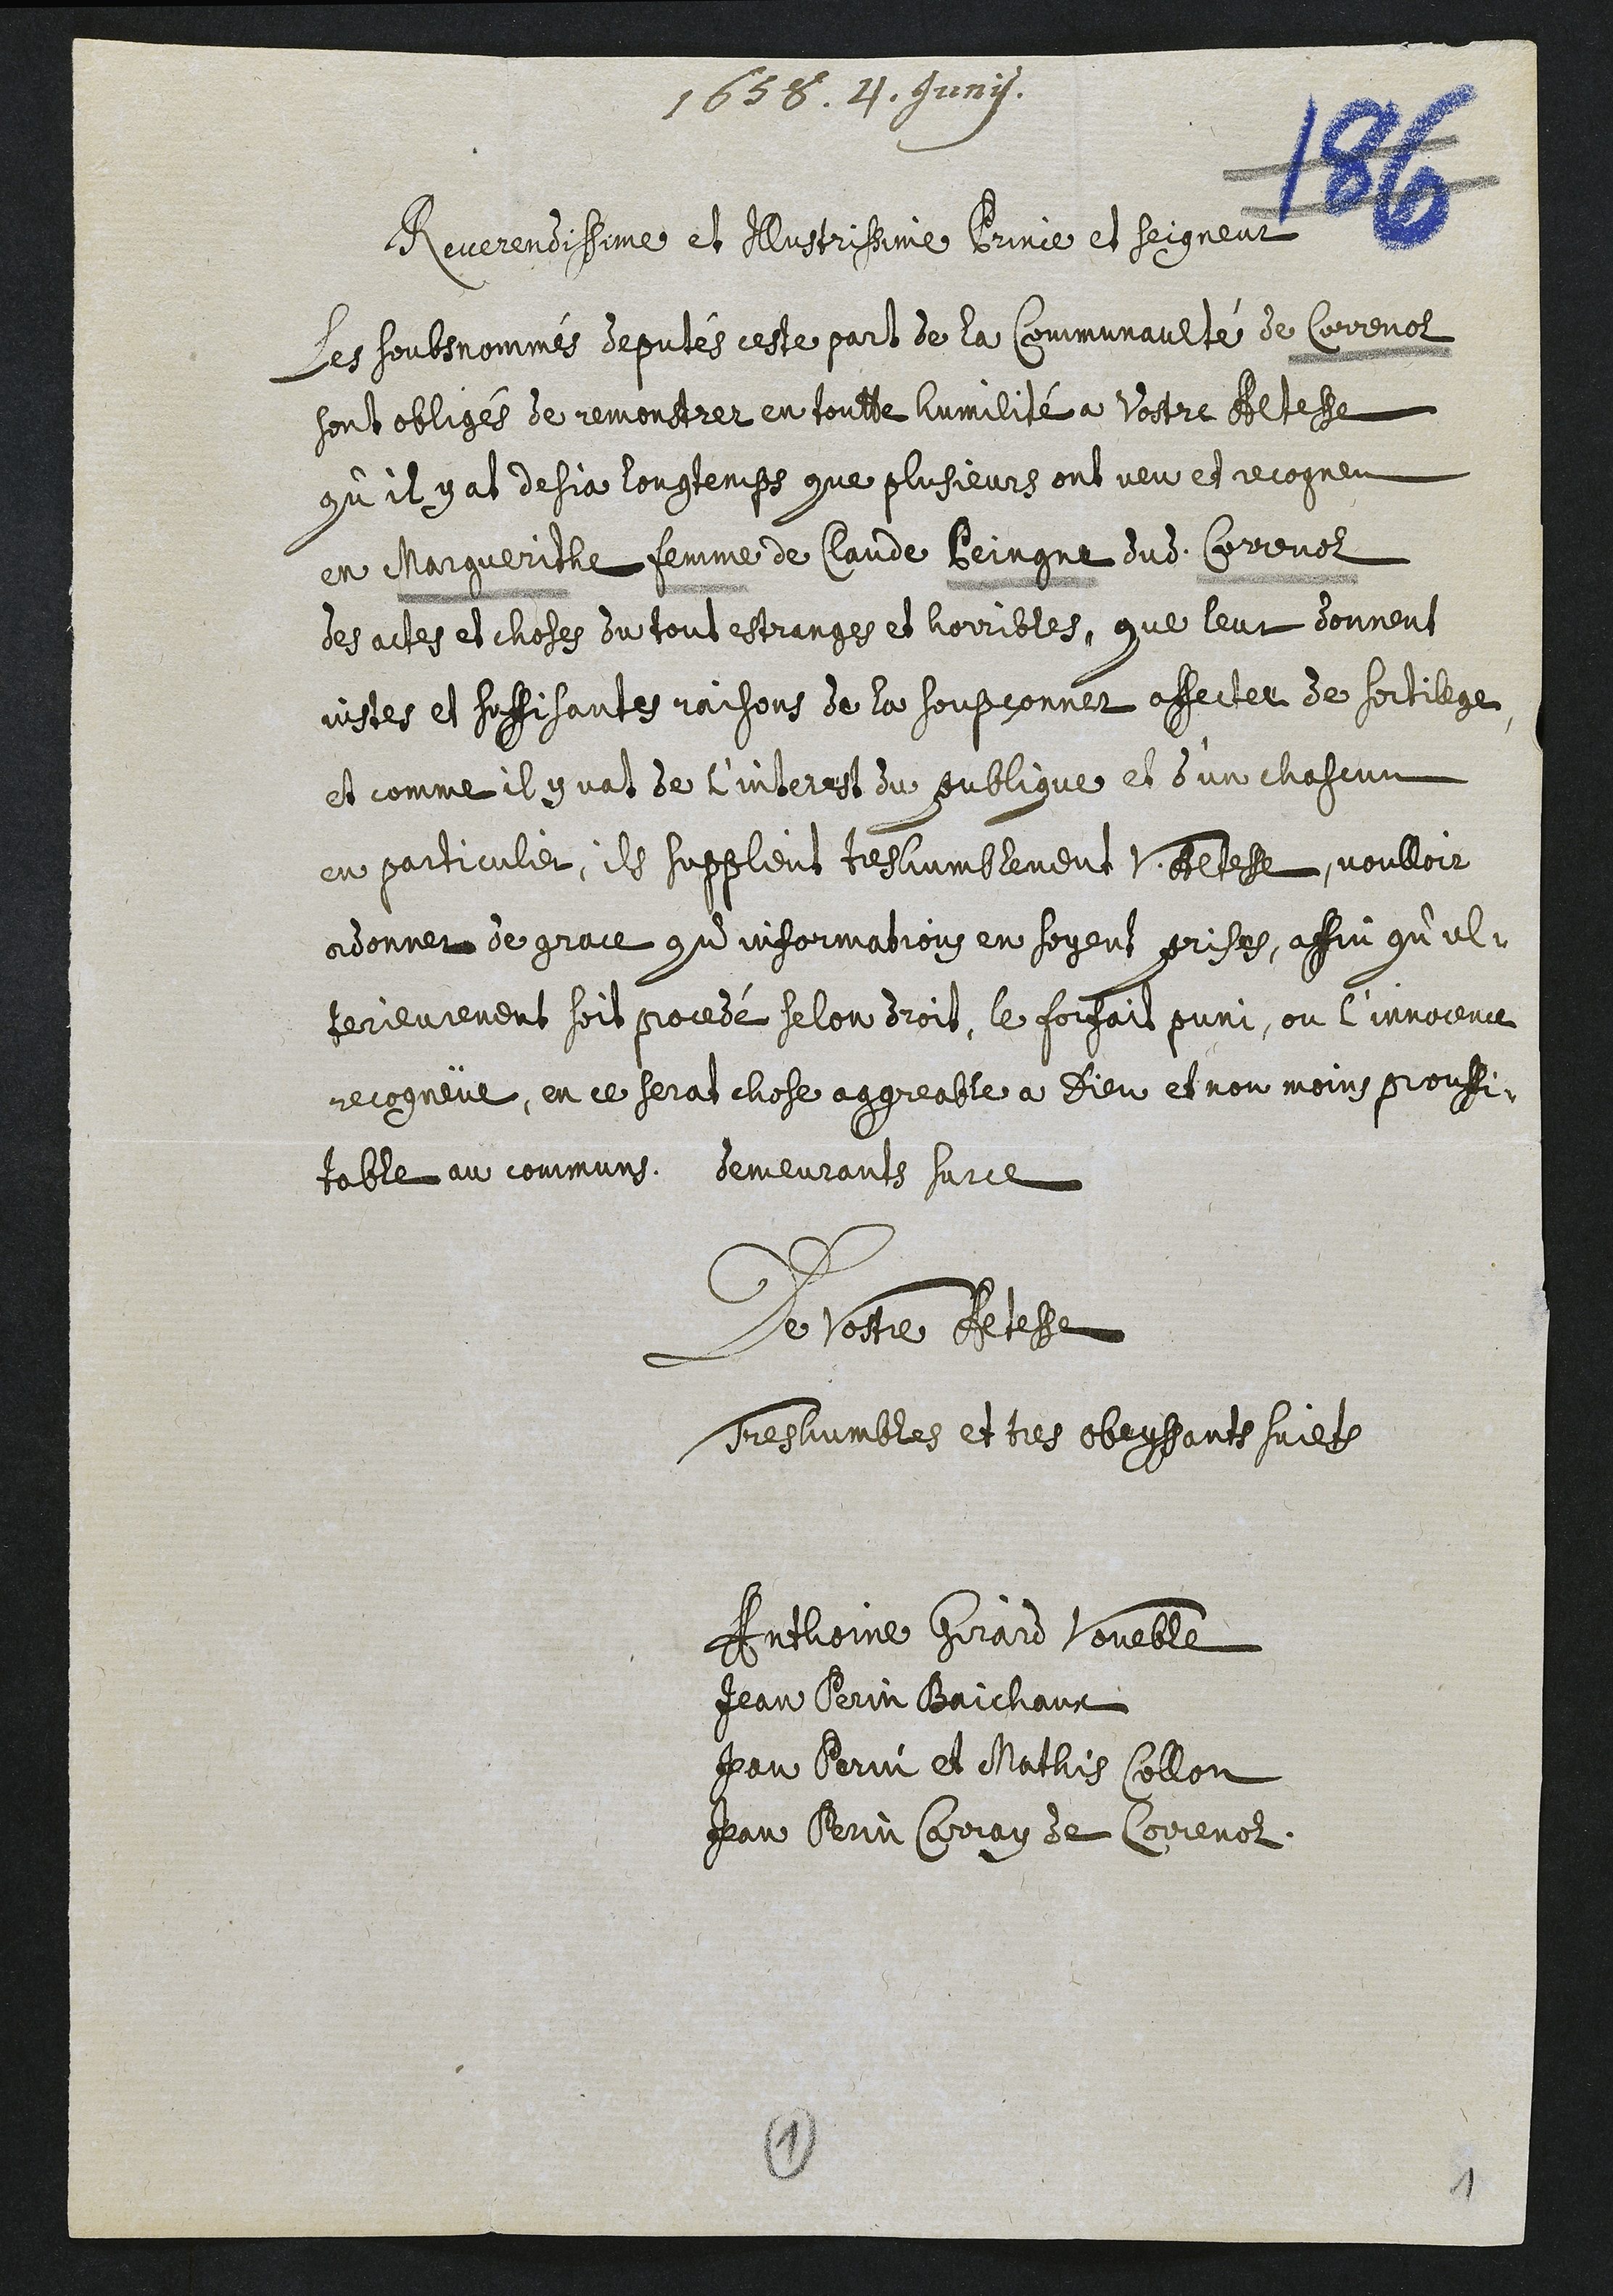
1655
Reverendissime et Illustrissime brinie et Seigneur
Les soubsnommes deputés ceste part de la Communaulté de Correnol
sont obligée de remonstrer en toutte humilité a Vostre Altesse
qu’il y at desja longtemps que plusieurs ont veu et recogneu
en Marguerithe femme de Claude Beingne dudit Correvol
des actes et choses du tout estranges et horribles, que leur donnent
visses et soffisantes raisons de la soupçonner affecter de sortilege
et comme il qvat de l’interest du sublique et d’un chascun
en particuler, ils supplent teshumblement VAltefe voulloir
adonner de grace qu’informations en soyent prises, affin qu’el-
terieurement soit procedé selon droit, le foisoit puni, ou l’innocence
recogneur, en ce serat chose aggreable a Dieu et non moins prouffi-
table au communs demeurants surce
Le Vostre Aetesse
Teshumbles et tres obeysants suie
Antlioine Girard Voueble
Jean Perin Baichanx
Jan Bervi et Mathis sollon
Jean Prri Crray de Correnol
1
1